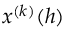
x ^ { ( k ) } ( h )